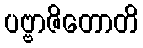
ပဗ္ဗာဇိတောတိ